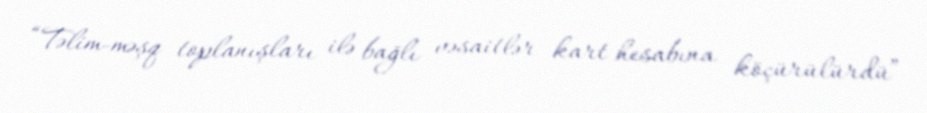
“Təlim-məşq toplanışları ilə bağlı vəsaitlər kart hesabına köçürülürdü”